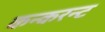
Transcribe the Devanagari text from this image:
कन्करन्ट